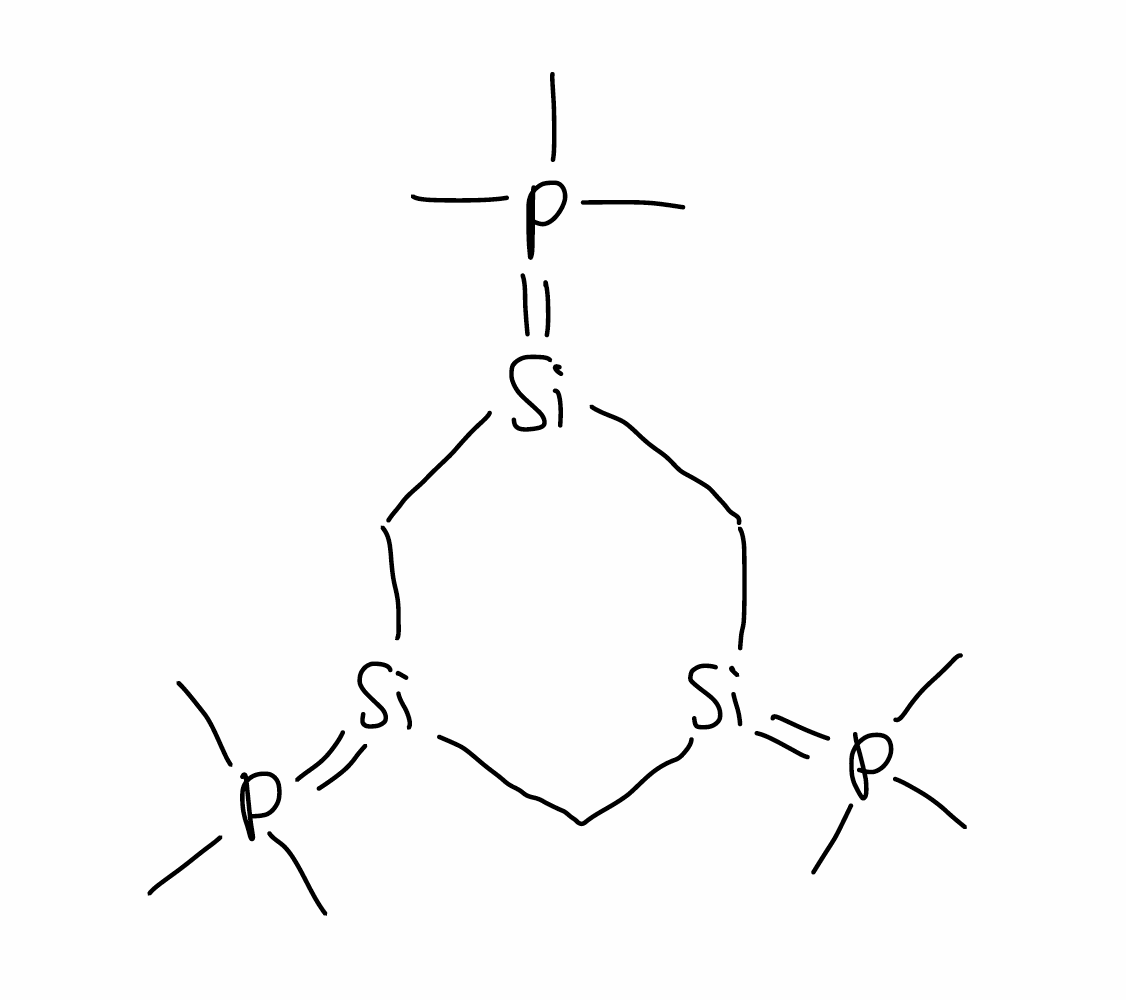
Simplified molecular-input line-entry system (SMILES) notation of the given molecule:
CP(=[Si]1C[Si](=P(C)(C)C)C[Si](=P(C)(C)C)C1)(C)C